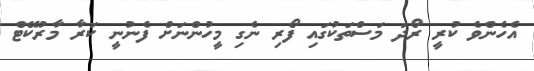
އެހެންވެ ކުރީ ރޯދަ މަސްތަކުގައި ފޯރި ނެގި މީހުންނަށް ފެނުނީ ކަރާ މާރުކޭޓް